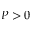
P > 0